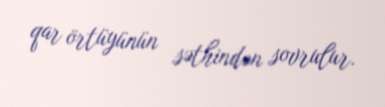
qar örtüyünün səthindən sovrulur.